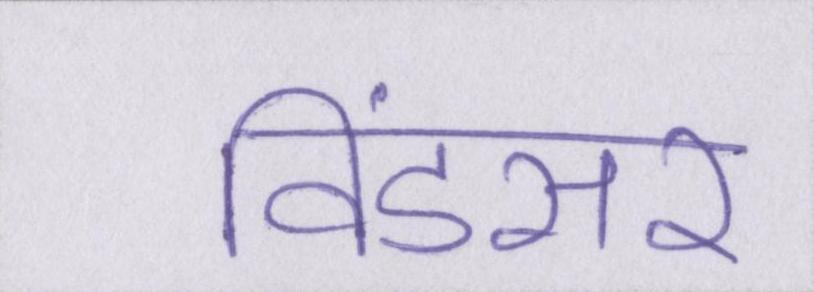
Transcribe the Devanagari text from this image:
विंडसर